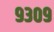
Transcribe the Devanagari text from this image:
९३०९